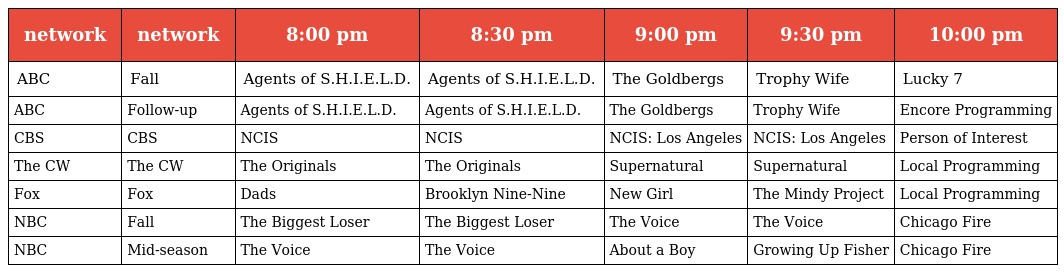
| network | network | 8:00 pm | 8:30 pm | 9:00 pm | 9:30 pm | 10:00 pm |
 | --- | --- | --- | --- | --- | --- | --- |
 | ABC | Fall | Agents of S.H.I.E.L.D. | Agents of S.H.I.E.L.D. | The Goldbergs | Trophy Wife | Lucky 7 |
 | ABC | Follow-up | Agents of S.H.I.E.L.D. | Agents of S.H.I.E.L.D. | The Goldbergs | Trophy Wife | Encore Programming |
 | CBS | CBS | NCIS | NCIS | NCIS: Los Angeles | NCIS: Los Angeles | Person of Interest |
 | The CW | The CW | The Originals | The Originals | Supernatural | Supernatural | Local Programming |
 | Fox | Fox | Dads | Brooklyn Nine-Nine | New Girl | The Mindy Project | Local Programming |
 | NBC | Fall | The Biggest Loser | The Biggest Loser | The Voice | The Voice | Chicago Fire |
 | NBC | Mid-season | The Voice | The Voice | About a Boy | Growing Up Fisher | Chicago Fire |